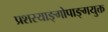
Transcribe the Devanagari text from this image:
प्रशस्याङ्‌गोपाङ्‌गयुक्त